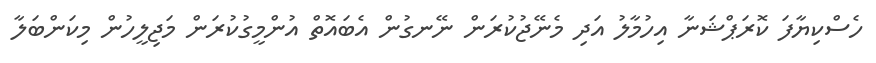
ހެސްކިޔާފަ ކޮރަޕްޝަނާ އިހުމާލު އަދި މެނޭޖުކުރަން ނޭނގުން އެބައޮތް އުންމީގުކުރަން މަޖިލީހުން މިކަންބަލާ